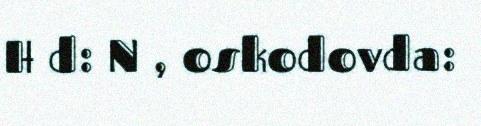
H d: N , oskodovda: